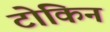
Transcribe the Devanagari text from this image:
टोकिन